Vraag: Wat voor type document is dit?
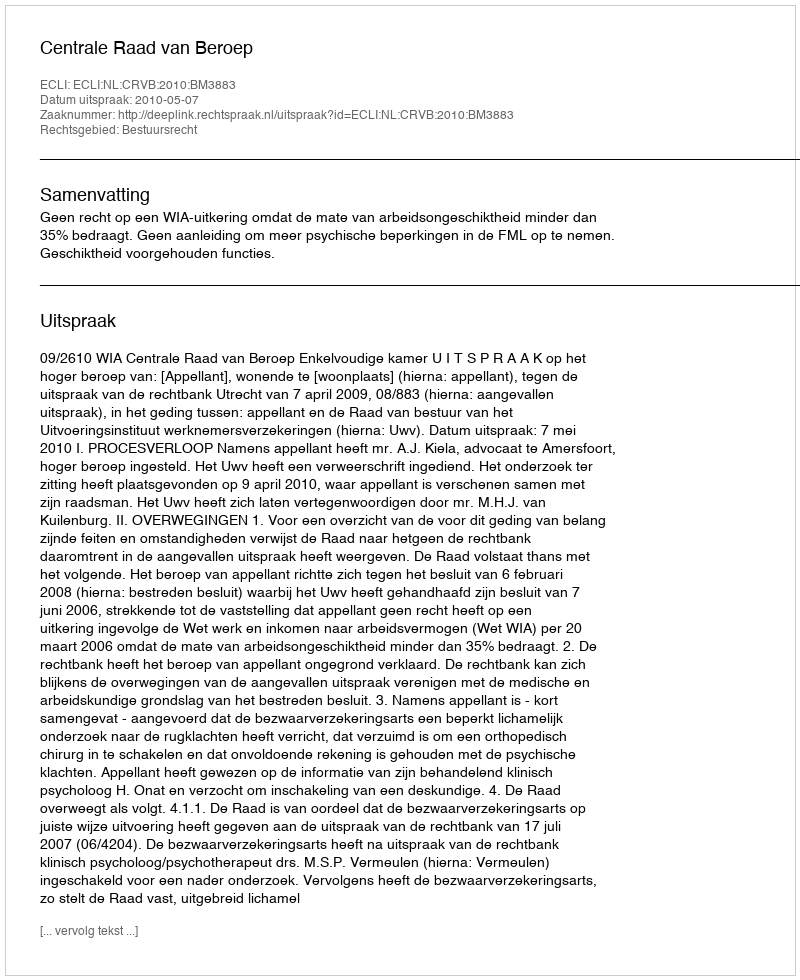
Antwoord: Uitspraak